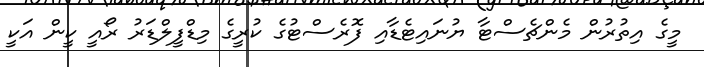
މީގެ އިތުރުން މެންޗެސްޓާ ޔުނައިޓެޑާއި ފޮރެސްޓުގެ ކުރީގެ މިޑްފީލްޑަރު ރޯއީ ކީން އަކީ